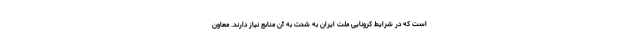
است که در شرایط کرونایی ملت ایران به شدت به آن منابع نیاز دارند. معاون